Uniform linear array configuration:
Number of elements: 64
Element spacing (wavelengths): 0.5
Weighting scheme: hamming
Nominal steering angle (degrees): -45
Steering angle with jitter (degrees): -46.43
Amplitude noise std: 0.05
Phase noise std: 0.05

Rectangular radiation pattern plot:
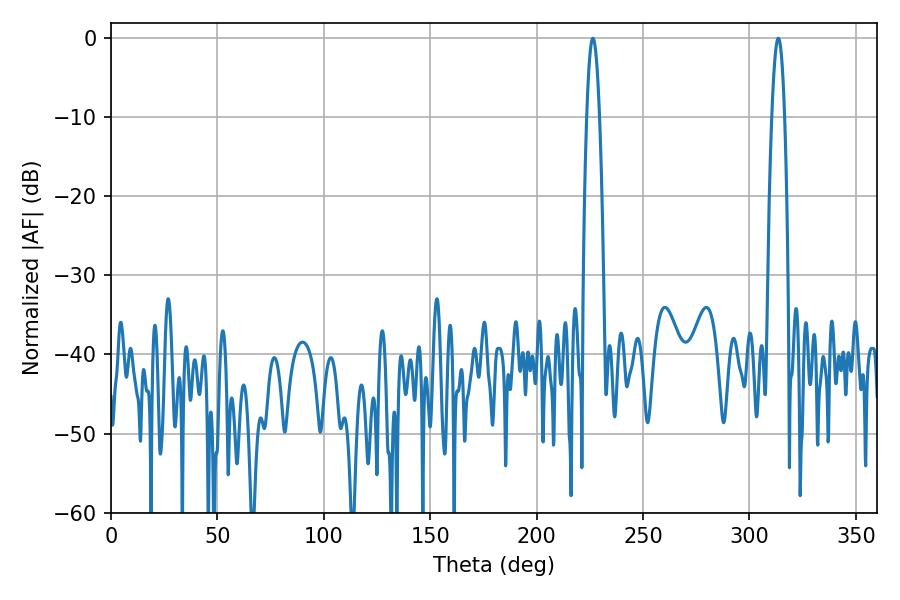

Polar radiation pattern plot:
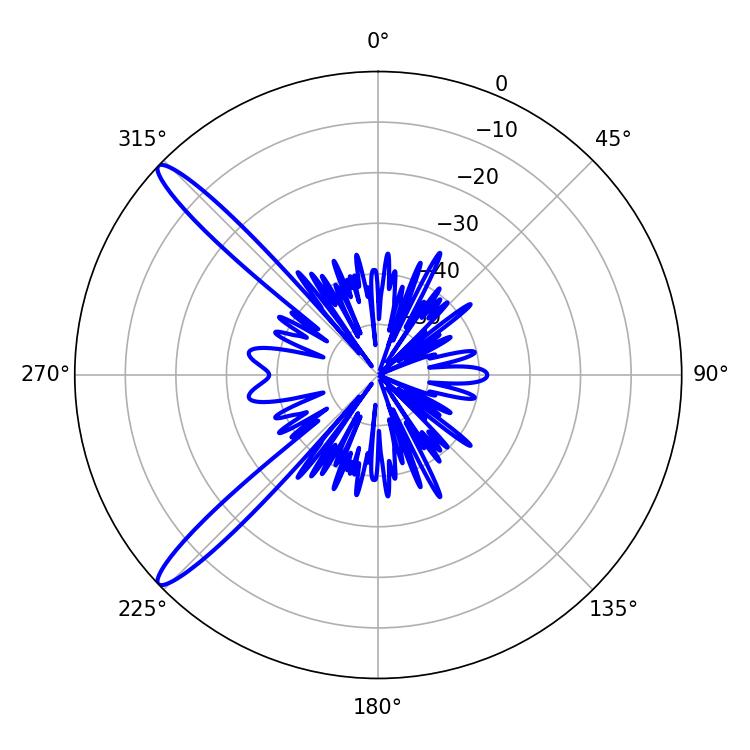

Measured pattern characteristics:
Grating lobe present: FALSE
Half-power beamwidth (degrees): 3.24
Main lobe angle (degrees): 226.44